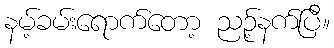
နမ့်ခမ်းရောက်တော့ ညဉ့်နက်ပြီ။